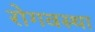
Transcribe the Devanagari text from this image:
रोगवस्था